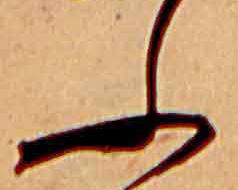
ふ